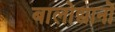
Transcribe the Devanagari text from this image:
बालोद्यानों